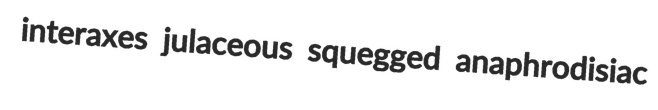
interaxes julaceous squegged anaphrodisiac